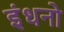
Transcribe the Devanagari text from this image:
इंधनो